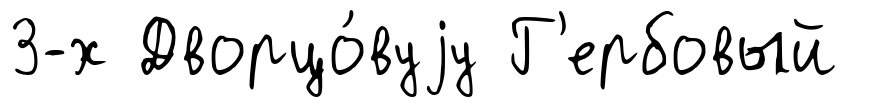
3-х Дворцо́вуjу Г'ербовый